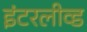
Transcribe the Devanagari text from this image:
इंटरलीव्ड